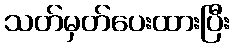
သတ်မှတ်ပေးထားပြီး